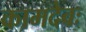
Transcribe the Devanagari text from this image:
कामदेवः